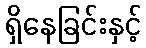
ရှိနေခြင်းနှင့်